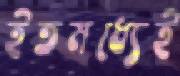
ইতমধ্যেই